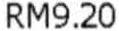
RM9.20